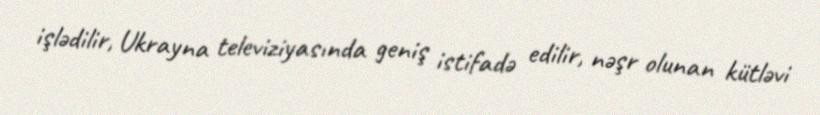
işlədilir, Ukrayna televiziyasında geniş istifadə edilir, nəşr olunan kütləvi